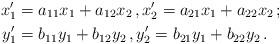
LaTeX: \begin{align*}x_1^\prime &= a_{11} x_1 + a_{12} x_2 \, , x_2^\prime = a_{21} x_1 + a_{22} x_2 \, ; \\y_1^\prime &= b_{11} y_1 + b_{12} y_2 \, , y_2^\prime = b_{21} y_1 + b_{22} y_2 \, . \end{align*}